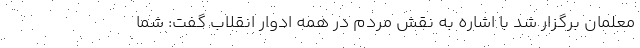
معلمان برگزار شد با اشاره به نقش مردم در همه ادوار انقلاب گفت: شما